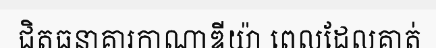
ជិតធនាគារកាណាឌីយ៉ា ពេលដែលគាត់